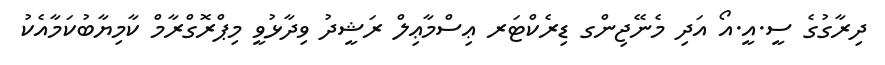
ދިރާގުގެ ސީ.އީ.އޯ އަދި މެނޭޖިންގ ޑިރެކްޓަރ ޢިސްމާޢިލް ރަޝީދު ވިދާޅުވީ މިޕްރޮގްރާމް ކާމިޔާބުކަމާއެކު